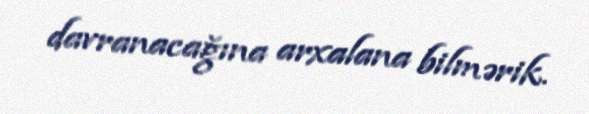
davranacağına arxalana bilmərik.